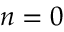
n = 0